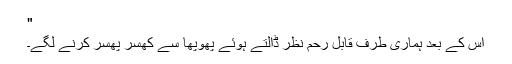
"
اس کے بعد ہماری طرف قابل رحم نظر ڈالتے ہوئے پھوپھا سے کھسر پھسر کرنے لگے۔